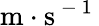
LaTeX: \mathrm{m\cdot s^{\mathrm{~-~1~}}}